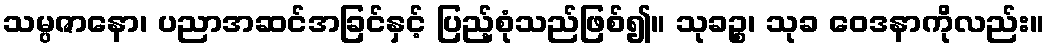
သမ္ပဇာနော၊ ပညာအဆင်အခြင်နှင့် ပြည့်စုံသည်ဖြစ်၍။ သုခဉ္စ၊ သုခ ဝေဒနာကိုလည်း။